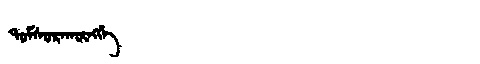
Manchu: ᡨᠣᠮᠰᠣᡵᠠᡴᡡᠩᡤᡝ
Romanization: TOMSORAKŪNGGE